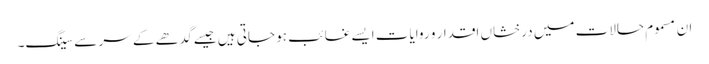
ان مسموم حالات میں درخشاں اقدار و روایات ایسے غائب ہو جاتی ہیں جیسے گدھے کے سر سے سینگ۔